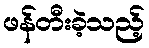
ဖန်တီးခဲ့သည့်